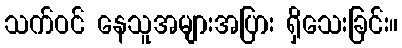
သက်ဝင် နေသူအများအပြား ရှိသေးခြင်း။